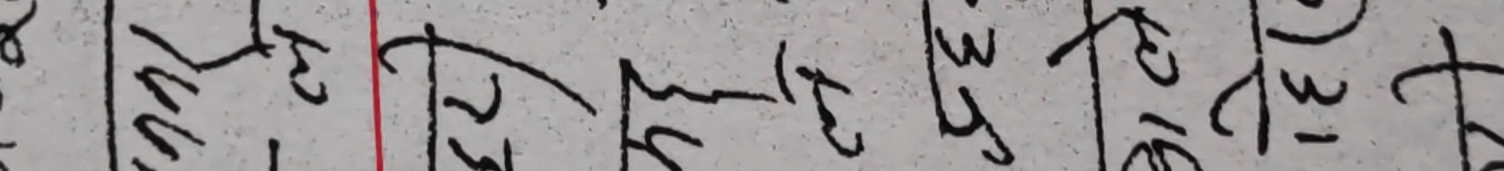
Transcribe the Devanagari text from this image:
१८२ ३०५ २१८ १३० ३३८ १२६ ३१२ ४८०